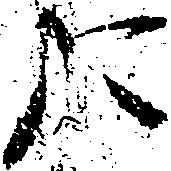
た